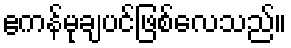
ဧကန်မုချပင်ဖြစ်လေသည်။